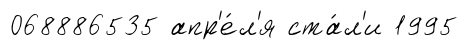
068886535 апр'е́л'я ста́л'и 1995